Scottish Certificate of Education, 1963
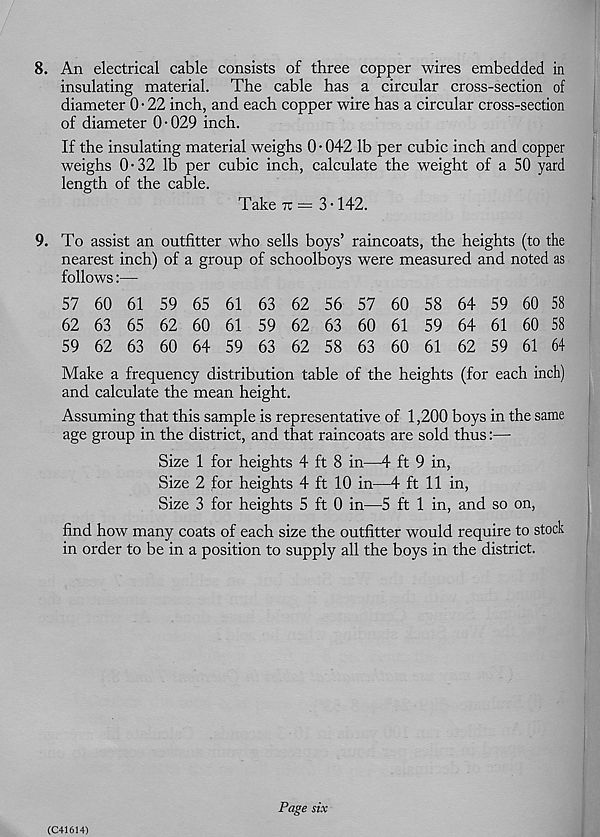
8. An electrical cable consists of three copper wires embedded in
insulating material. The cable has a circular cross-section of
diameter 0 • 22 inch, and each copper wire has a circular cross-section
of diameter 0-029 inch.
If the insulating material weighs 0 ■ 042 lb per cubic inch and copper
weighs 0-32 lb per cubic inch, calculate the weight of a 50 yard
length of the cable.
Take tt = 3-142.
9. To assist an outfitter who sells boys’ raincoats, the heights (to the
nearest inch) of a group of schoolboys were measured and noted as
follows:—
57 60 61 59 65 61 63 62 56 57 60 58 64 59 60 58
62 63 65 62 60 61 59 62 63 60 61 59 64 61 60 58
59 62 63 60 64 59 63 62 58 63 60 61 62 59 61 64
Make a frequency distribution table of the heights (for each inch)
and calculate the mean height.
Assuming that this sample is representative of 1,200 boys in the same
age group in the district, and that raincoats are sold thus:—
Size 1 for heights 4 ft 8 in—4 ft 9 in,
Size 2 for heights 4 ft 10 in—4 ft 11 in,
Size 3 for heights 5 ft 0 in—5 ft 1 in, and so on,
find how many coats of each size the outfitter would require to stock
in order to be in a position to supply all the boys in the district.
(C41614)
Page six